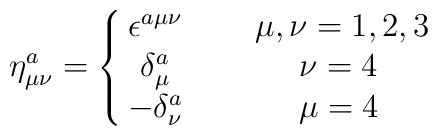
\eta^a_{\mu\nu} = \left\{\matrix{\epsilon^{a\mu\nu} \: & &\mu,\nu = 1,2,3 \cr\delta^a_\mu \:& &\: \nu=4\:\: \cr-\delta^a_\nu \:& &\: \mu=4\:\: \cr} \right.